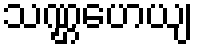
သဏ္ဌဟေယျ